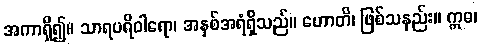
အကာရှိ၍။ သာရပရိဝါရော၊ အနှစ်အရံရှိသည်။ ဟောတိ၊ ဖြစ်သနည်း။ ဣဓ၊